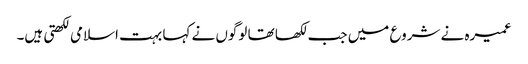
عمیرہ نے شروع میں جب لکھا تھا لوگوں نے کہا بہت اسلامی لکھتی ہیں۔